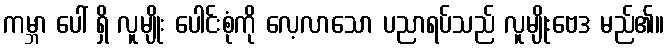
ကမ္ဘာ ပေါ် ရှိ လူမျိုး ပေါင်းစုံကို လေ့လာသော ပညာရပ်သည် လူမျိုးဗေဒ မည်၏။